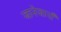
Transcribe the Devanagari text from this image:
जानेजानाँ